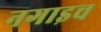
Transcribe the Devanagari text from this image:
नगाइच